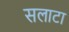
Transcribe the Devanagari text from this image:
सलाटा